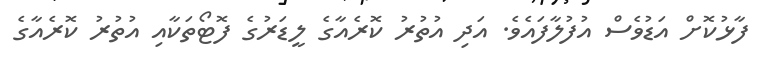
ފާޅުކޮށް އަޑުވެސް އުފުލާފައެވެ. އަދި އުތުރު ކޮރެއާގެ ލީޑަރުގެ ފޮޓޯތަކާއި އުތުރު ކޮރެއާގެ